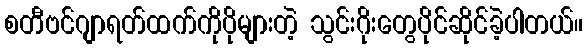
စတီဗင်ဂျာရတ်ထက်ကိုပိုများတဲ့ သွင်းဂိုးတွေပိုင်ဆိုင်ခဲ့ပါတယ်။